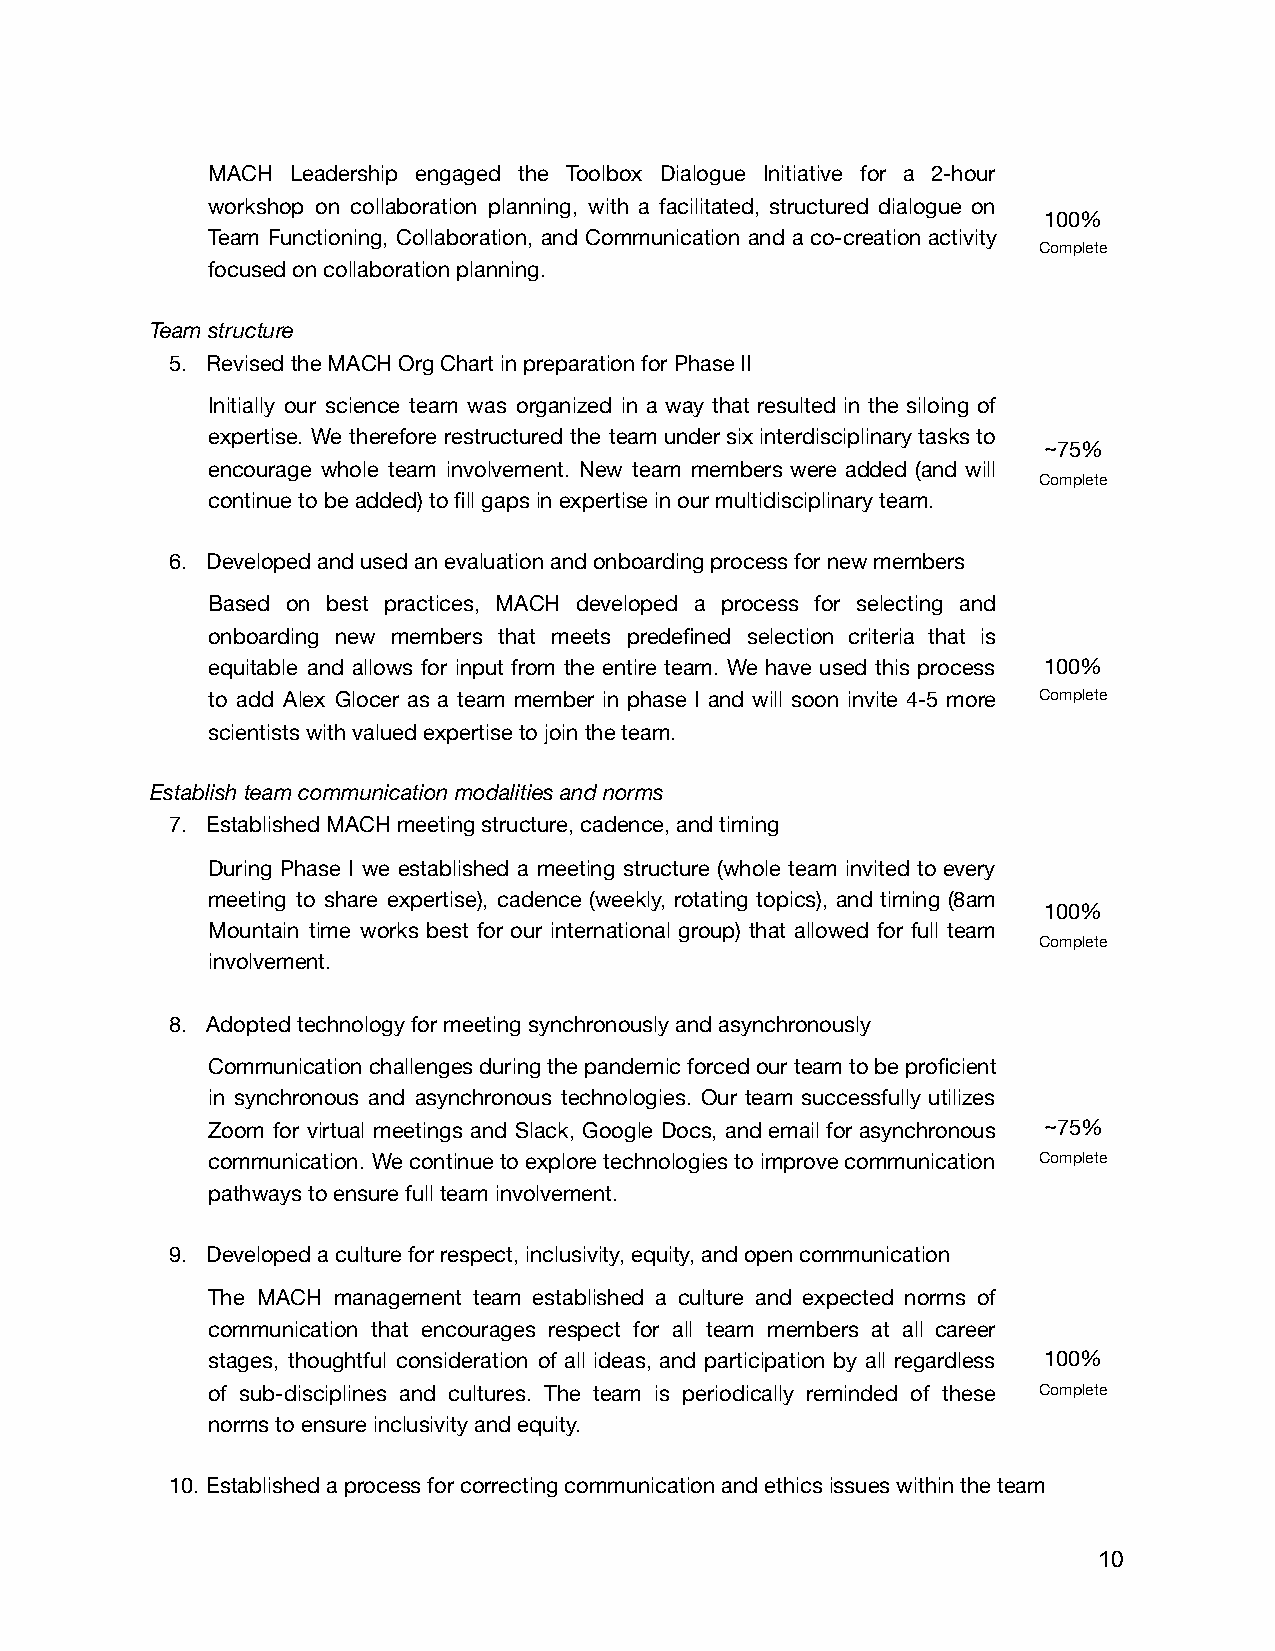
MACH Leadership engaged the Toolbox Dialogue Initiative for a 2-hour
 workshop on collaboration planning, with a facilitated, structured dialogue on
 100%
 Team Functioning, Collaboration, and Communication and a co-creation activity
 Complete
 focused on collaboration planning.
 Team structure
 5. Revised the MACH Org Chart in preparation for Phase II
 Initially our science team was organized in a way that resulted in the siloing of
 expertise. We therefore restructured the team under six interdisciplinary tasks to
 ~75%
 encourage whole team involvement. New team members were added (and will
 Complete
 continue to be added) to fill gaps in expertise in our multidisciplinary team.
 6. Developed and used an evaluation and onboarding process for new members
 Based on best practices, MACH developed a process for selecting and
 onboarding new members that meets predefined selection criteria that is
 equitable and allows for input from the entire team. We have used this process 100%
 to add Alex Glocer as a team member in phase I and will soon invite 4-5 more Complete
 scientists with valued expertise to join the team.
 Establish team communication modalities and norms
 7. Established MACH meeting structure, cadence, and timing
 During Phase I we established a meeting structure (whole team invited to every
 meeting to share expertise), cadence (weekly, rotating topics), and timing (8am
 100%
 Mountain time works best for our international group) that allowed for full team
 Complete
 involvement.
 8. Adopted technology for meeting synchronously and asynchronously
 Communication challenges during the pandemic forced our team to be proficient
 in synchronous and asynchronous technologies. Our team successfully utilizes
 Zoom for virtual meetings and Slack, Google Docs, and email for asynchronous ~75%
 communication. We continue to explore technologies to improve communication Complete
 pathways to ensure full team involvement.
 9. Developed a culture for respect, inclusivity, equity, and open communication
 The MACH management team established a culture and expected norms of
 communication that encourages respect for all team members at all career
 stages, thoughtful consideration of all ideas, and participation by all regardless 100%
 of sub-disciplines and cultures. The team is periodically reminded of these Complete
 norms to ensure inclusivity and equity.
 10. Established a process for correcting communication and ethics issues within the team
 10